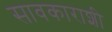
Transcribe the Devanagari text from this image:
सावकाराशी